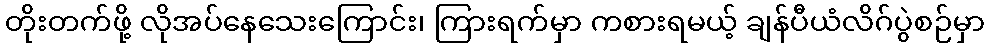
တိုးတက်ဖို့ လိုအပ်နေသေးကြောင်း၊ ကြားရက်မှာ ကစားရမယ့် ချန်ပီယံလိဂ်ပွဲစဉ်မှာ